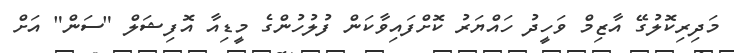
މަދިރިކޮލުގޭ އާޒިމް ވަހީދު ހައްޔަރު ކޮށްފައިވާކަން ފުލުހުންގެ މީޑިއާ އޮފިޝަލް "ސަން" އަށް